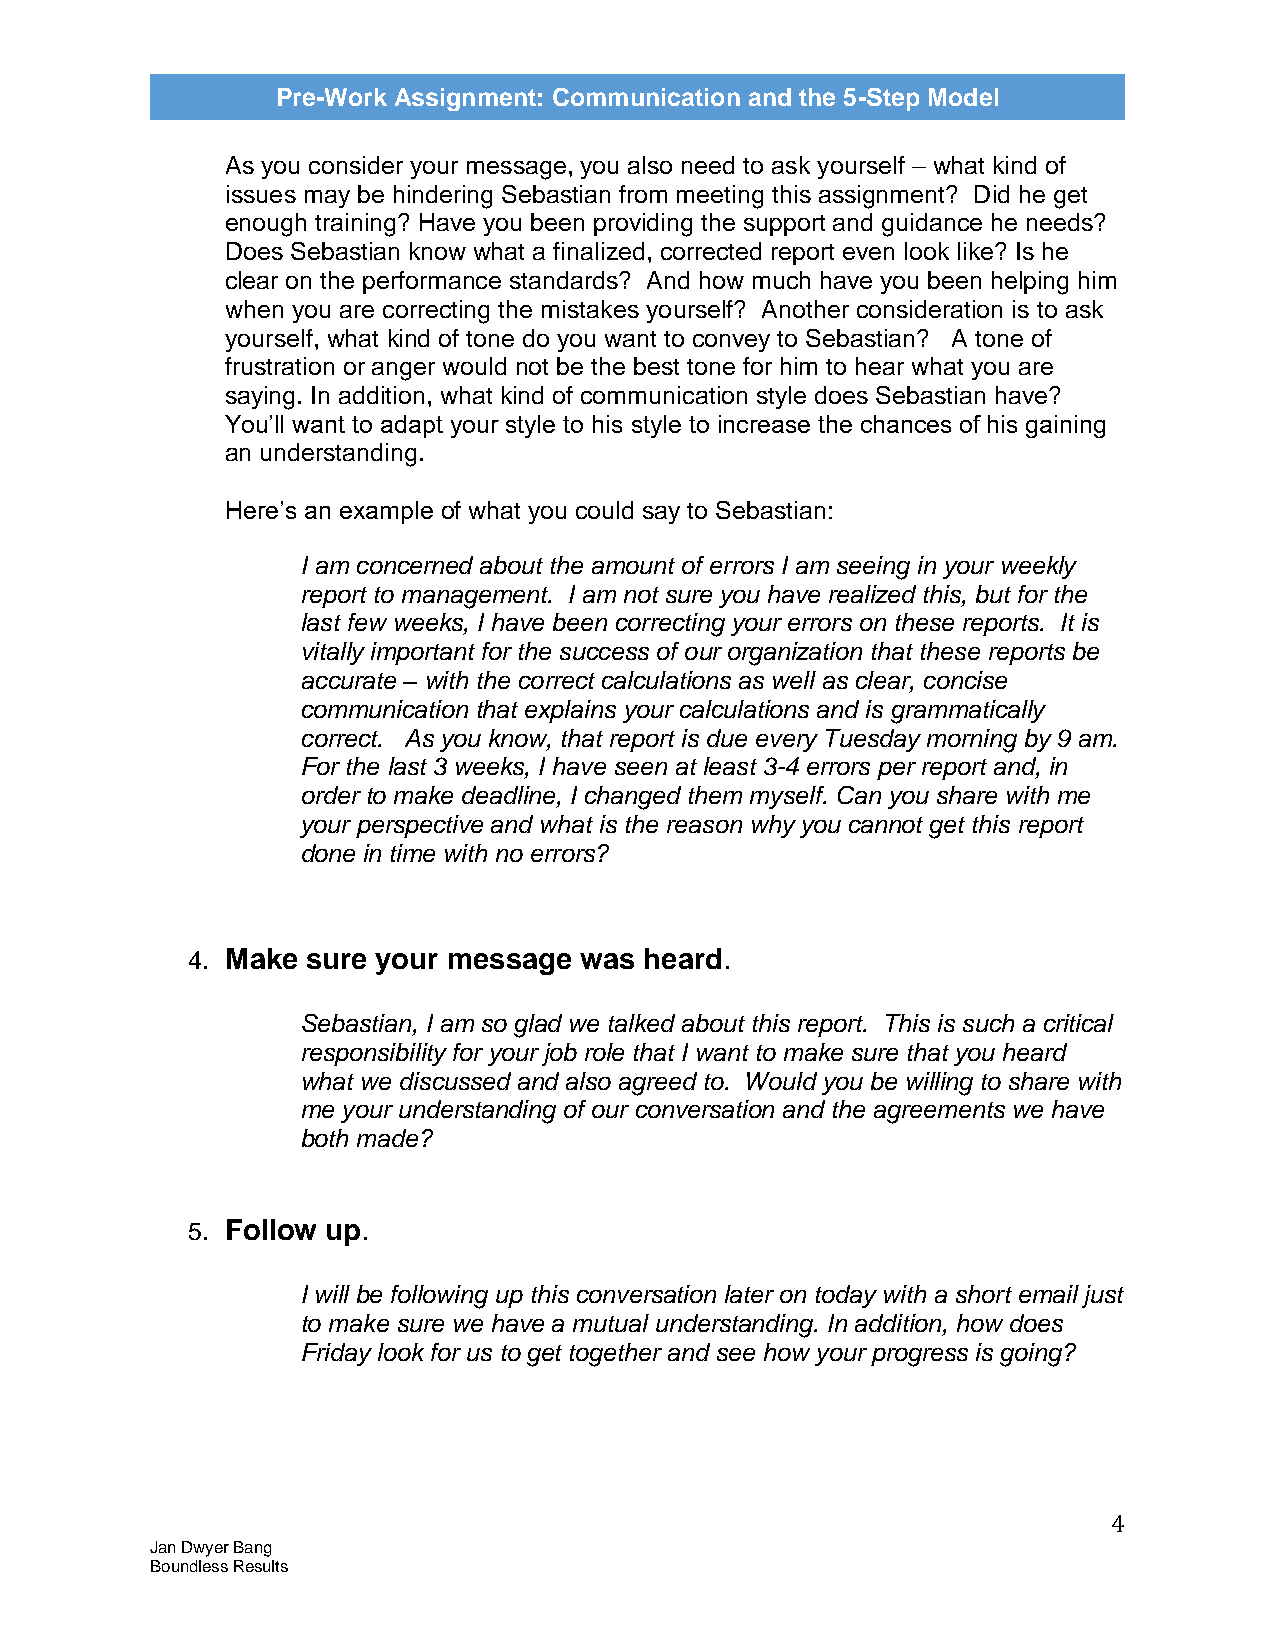
Pre-Work Assignment: Communication and the 5-Step Model
 As you consider your message, you also need to ask yourself – what kind of
 issues may be hindering Sebastian from meeting this assignment? Did he get
 enough training? Have you been providing the support and guidance he needs?
 Does Sebastian know what a finalized, corrected report even look like? Is he
 clear on the performance standards? And how much have you been helping him
 when you are correcting the mistakes yourself? Another consideration is to ask
 yourself, what kind of tone do you want to convey to Sebastian? A tone of
 frustration or anger would not be the best tone for him to hear what you are
 saying. In addition, what kind of communication style does Sebastian have?
 You’ll want to adapt your style to his style to increase the chances of his gaining
 an understanding.
 Here’s an example of what you could say to Sebastian:
 I am concerned about the amount of errors I am seeing in your weekly
 report to management. I am not sure you have realized this, but for the
 last few weeks, I have been correcting your errors on these reports. It is
 vitally important for the success of our organization that these reports be
 accurate – with the correct calculations as well as clear, concise
 communication that explains your calculations and is grammatically
 correct. As you know, that report is due every Tuesday morning by 9 am.
 For the last 3 weeks, I have seen at least 3-4 errors per report and, in
 order to make deadline, I changed them myself. Can you share with me
 your perspective and what is the reason why you cannot get this report
 done in time with no errors?
 4. Make sure your message was  heard.
 Sebastian, I am so glad we talked about this report. This is such a critical
 responsibility for your job role that I want to make sure that you heard
 what we discussed and also agreed to. Would you be willing to share with
 me your understanding of our conversation and the agreements we have
 both made?
 5. Follow up.
 I will be following up this conversation later on today with a short email just
 to make sure we have a mutual understanding. In addition, how does
 Friday look for us to get together and see how your progress is going?
 4
 Jan Dwyer Bang
 Boundless Results